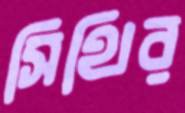
সিথির